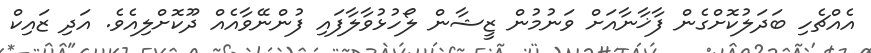
އެއްޗެހި ބަދަލުކޮށްގެން ފާޚާނާއަށް ވަނުމުން ޒީޝާން ލޯހުޅުވާލާފައި ފުންނޭވާއެއް ދޫކޮށްލިއެވެ. އަދި ޒައިކް